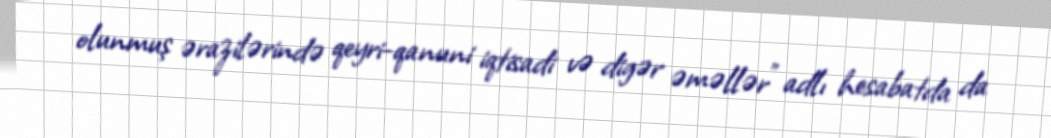
olunmuş ərazilərində qeyri-qanuni iqtisadi və digər əməllər” adlı hesabatda da